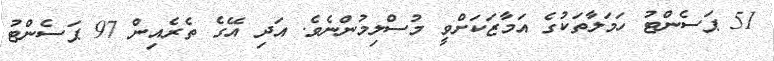
51 ޕަސެންޓު ހަމަލާތަކުގެ އަމާޒަކަށްވީ މުސްލިމުންނެވެ. އަދި އޭގެ ތެރެއިން 97 ޕަސެންޓު